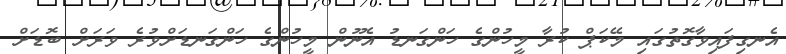
އެނގިފައިވާގޮތުގައި މޭކަޕް ކުރާ މީހުންގެ ހަންގަނޑު އެނޫން މީހުންގެ ހަންގަނޑަށްވުރެ ވަރަށް ބޮޑަށް